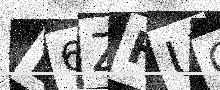
Text: D6ZFUC